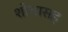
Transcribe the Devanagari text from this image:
शोभासह